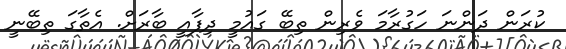
ކުރަން ދަންނަ ހަގުރާމަ ވެރިން ތިބޭ ގައުމީ ދިފާއީ ބާރަށް. އެތާގަ ތިބޭނީ